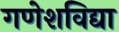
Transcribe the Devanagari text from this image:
गणेशविद्या